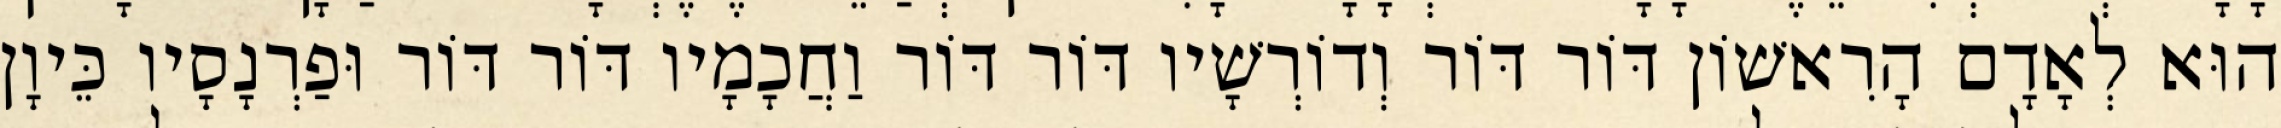
הוּא לְאָדָם הָרִאשׁוֹן דּוֹר דּוֹר וְדוֹרְשָׁיו דּוֹר דּוֹר וַחֲכָמָיו דּוֹר דּוֹר וּפַרְנָסָיו כֵּיוָן